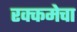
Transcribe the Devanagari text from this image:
रक्कमेचा